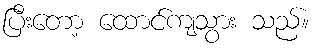
ပြီးတော့ ထောင်ကျသွား သည်။